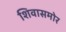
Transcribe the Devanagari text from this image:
शिवासमोर